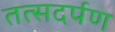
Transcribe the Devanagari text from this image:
तत्सदर्पण